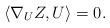
LaTeX: \begin{align*}\langle\nabla_UZ,U\rangle=0.\end{align*}